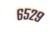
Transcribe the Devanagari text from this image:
६५२९